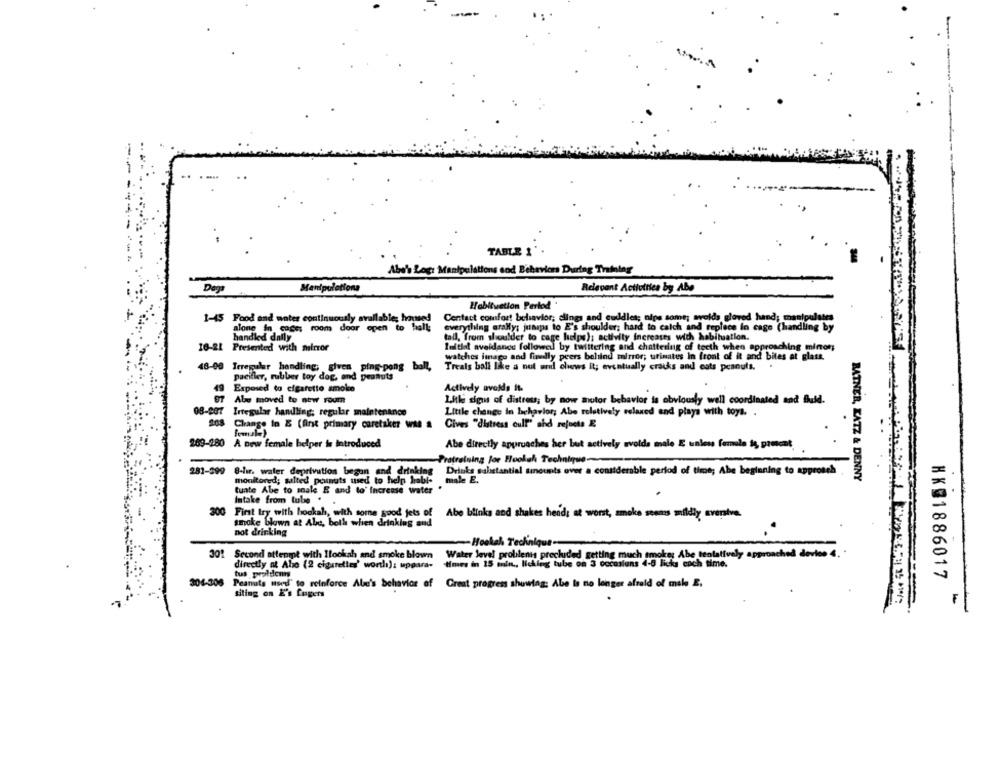
TABLE
Abe's Logi Manipulations and Behavior During Training
Manipulett
Relevant Activities by Abe
Habituation Period
1-45 Food and unter continuously available; housed Contact comfort behavior; clings and cuddles; nips some; wyeids gloved hand; manipulates
alone in cage; room door open to hall;
everything arally; junips to E's shoulder; hard to catch and replace in cage (handling by
handled dally
tall, from shoulder to cage helps); activity increases with habitation.
16-21 Presented with mirror
Initial avoidance followed by twittering and chattering of teeth when approaching minor;
watches image and findly peers behind mirror; urinates In front of it and bites at glass.
48-00
Treals ball like a nut und chews it; eventually cracks and cats peanuts.
Irregular handling; given ping-pong ball,
pacifier, rubber toy dog, and peanuts
49
Exposed to cigarette smoke
Actively avaids it.
O7 Abe moved to new room
Litle sion of distress; by now motor behavior is obviously well coordinated and Buid.
08-087 Irregular handling; regular maintenance
Little change in behavior; Abe relatively relaxed and plays with toys. .
208 Change In & (first primary caretaker WM
Cives "distress cull" and rejects E
269-280 A new female belper is introduced
Abe directly approaches her but actively avoids male E unless female is present
Protraining for Hookah Technique~
281-399
8-lır, water deprivation begon and drinking
Drinks substantial sinounts over a considerable period of time; Abe beginning to approach
monitored; salted pounuts used to help habl-
male E.
RATNER, KATZ & DENNY
tuate Abe to male E and to' Increase water
Intake from tube .
300
Abe blinks and shakes hend; at worst, smoke seems mildly eversive.
smoke blown at Abc, both when drinking and
not drinking
-Hookah Technique-
301 Second attempt with Ilookah and smoke blown Water level probilenis precluded getting much smoke; Abe tentatively approached devies 4.
directly at Alo (2 cigarettes' worth): uppara-
times in 15 min ., licking tube on 3 occasions 4-8 licks coch time.
tus proldenn
HK@1886017
306
Peanuts used' to reinforce Alne's behavior of Great progress showtag; Abe Is no longer afraid of mal E.
tiling on E's fugers